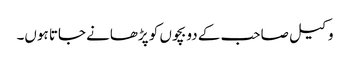
وکیل صاحب کے دو بچوں کو پڑھانے جاتا ہوں۔